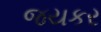
જયકર